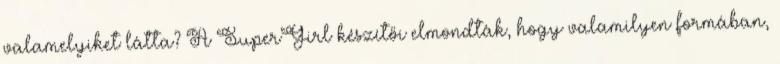
valamelyiket látta? A SuperGirl készítői elmondták, hogy valamilyen formában,